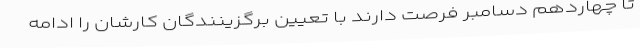
تا چهاردهم دسامبر فرصت دارند با تعیین برگزینندگان کارشان را ادامه